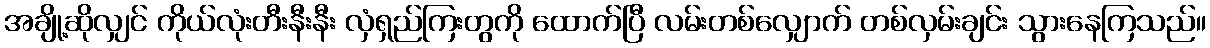
အချို့ဆိုလျှင် ကိုယ်လုံးတီးနီးနီး လှံရှည်ကြးတွကို ထောက်ပြီ လမ်းတစ်လျှောက် တစ်လှမ်းချင်း သွားနေကြသည်။